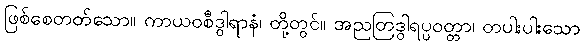
ဖြစ်စေတတ်သော။ ကာယဝစီဒွါရာနံ၊ တို့တွင်။ အညတြဒွါရပ္ပဝတ္တာ၊ တပါးပါးသော